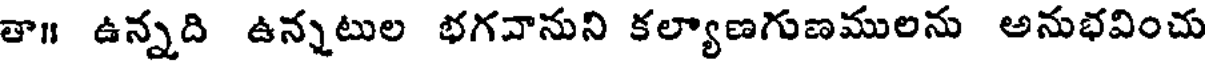
తా॥ ఉన్నది ఉన్నటుల భగవానుని కల్యాణగుణములను అనుభవించు